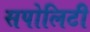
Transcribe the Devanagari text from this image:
सपोलिटी